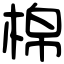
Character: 棉